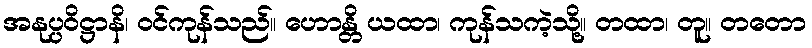
အနုပ္ပဝိဋ္ဌာနိ၊ ဝင်ကုန်သည်။ ဟောန္တိ ယထာ၊ ကုန်သကဲ့သို့။ တထာ၊ တူ။ တတော